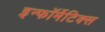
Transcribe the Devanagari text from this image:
इन्फॉर्मेटिक्स